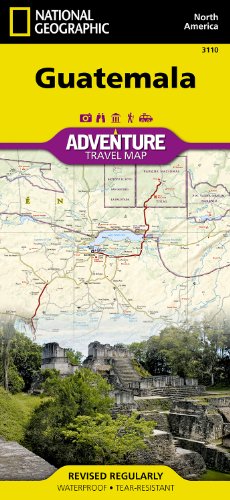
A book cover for Guatemala (National Geographic Adventure Map); National Geographic Maps - Adventure; Travel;